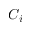
C _ { i }